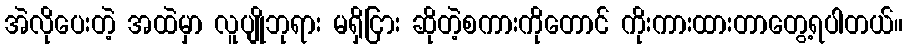
အဲလိုပေးတဲ့ အထဲမှာ လူပျိုဘုရား မရှိငြား ဆိုတဲ့စကားကိုတောင် ကိုးကားထားတာတွေ့ရပါတယ်။